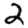
Digit: 2